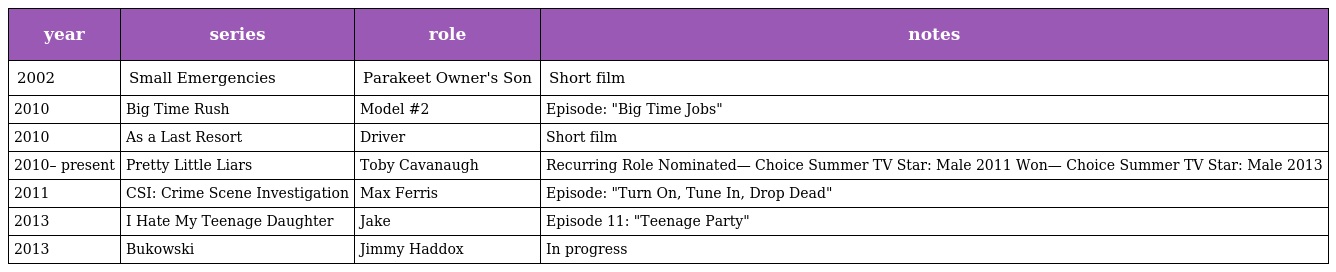
| year | series | role | notes |
 | --- | --- | --- | --- |
 | 2002 | Small Emergencies | Parakeet Owner's Son | Short film |
 | 2010 | Big Time Rush | Model #2 | Episode: "Big Time Jobs" |
 | 2010 | As a Last Resort | Driver | Short film |
 | 2010– present | Pretty Little Liars | Toby Cavanaugh | Recurring Role Nominated— Choice Summer TV Star: Male 2011 Won— Choice Summer TV Star: Male 2013 |
 | 2011 | CSI: Crime Scene Investigation | Max Ferris | Episode: "Turn On, Tune In, Drop Dead" |
 | 2013 | I Hate My Teenage Daughter | Jake | Episode 11: "Teenage Party" |
 | 2013 | Bukowski | Jimmy Haddox | In progress |